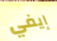
إيفي